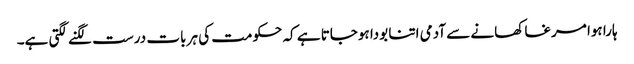
ہارا ہوا مرغا کھانے سے آدمی اتنا بودا ہوجاتا ہے کہ حکومت کی ہر بات درست لگنے لگتی ہے۔